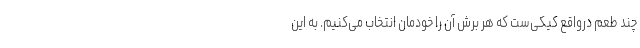
چند طعم درواقع کیکی‌ست که هر برش آن را خودمان انتخاب می‌کنیم. به این